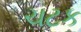
ચટક